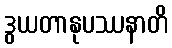
ဒွယတာနုပဿနာတိ